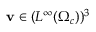
\mathbf { v } \in ( L ^ { \infty } ( \Omega _ { c } ) ) ^ { 3 }